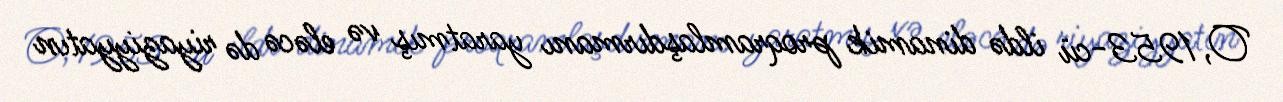
O, 1953-cü ildə dinamik proqramlaşdırmanı yaratmış və eləcə də riyaziyyatın